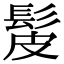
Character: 髲